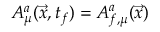
A _ { \mu } ^ { a } ( \vec { x } , t _ { f } ) = A _ { f , \mu } ^ { a } ( \vec { x } )